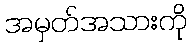
အမှတ်အသားကို